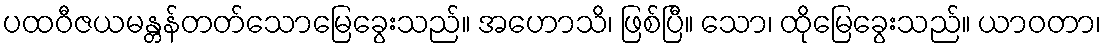
ပထဝီဇယမန္တန်တတ်သောမြေခွေးသည်။ အဟောသိ၊ ဖြစ်ပြီ။ သော၊ ထိုမြေခွေးသည်။ ယာဝတာ၊